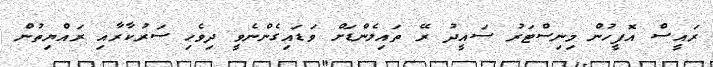
ރައީސް އޮފީހުން މިނިސްޓަރު ސައީދު ރޭ ތައިލެންޑަށް ވަޑައިގެންނެވީ ދިވެހި ސަރުކާރާއި ރައްޔިތުން